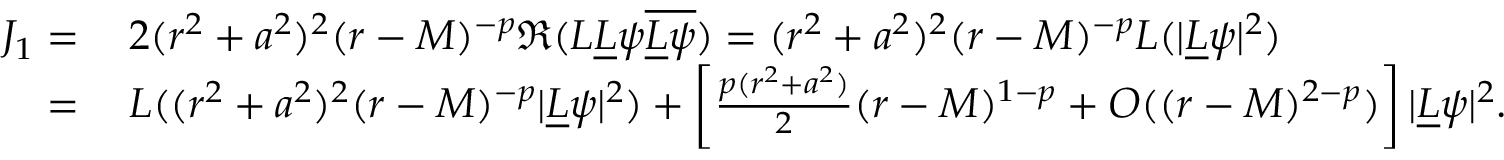
\begin{array} { r l } { J _ { 1 } = } & { \: 2 ( r ^ { 2 } + a ^ { 2 } ) ^ { 2 } ( r - M ) ^ { - p } \Re ( L \underline { { L } } \psi \overline { { \underline { { L } } \psi } } ) = ( r ^ { 2 } + a ^ { 2 } ) ^ { 2 } ( r - M ) ^ { - p } L ( | \underline { { L } } \psi | ^ { 2 } ) } \\ { = } & { \: L ( ( r ^ { 2 } + a ^ { 2 } ) ^ { 2 } ( r - M ) ^ { - p } | \underline { { L } } \psi | ^ { 2 } ) + \left[ \frac { p ( r ^ { 2 } + a ^ { 2 } ) } { 2 } ( r - M ) ^ { 1 - p } + O ( ( r - M ) ^ { 2 - p } ) \right] | \underline { { L } } \psi | ^ { 2 } . } \end{array}